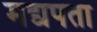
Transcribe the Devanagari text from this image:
मद्यपता